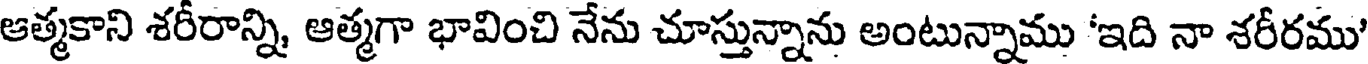
ఆత్మకాని శరీరాన్ని, ఆత్మగా భావించి నేను చూస్తున్నాను అంటున్నాము 'ఇది నా శరీరము